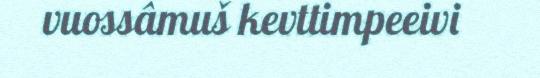
vuossâmuš kevttimpeeivi